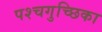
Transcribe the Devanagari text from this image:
पश्चगुच्छिका